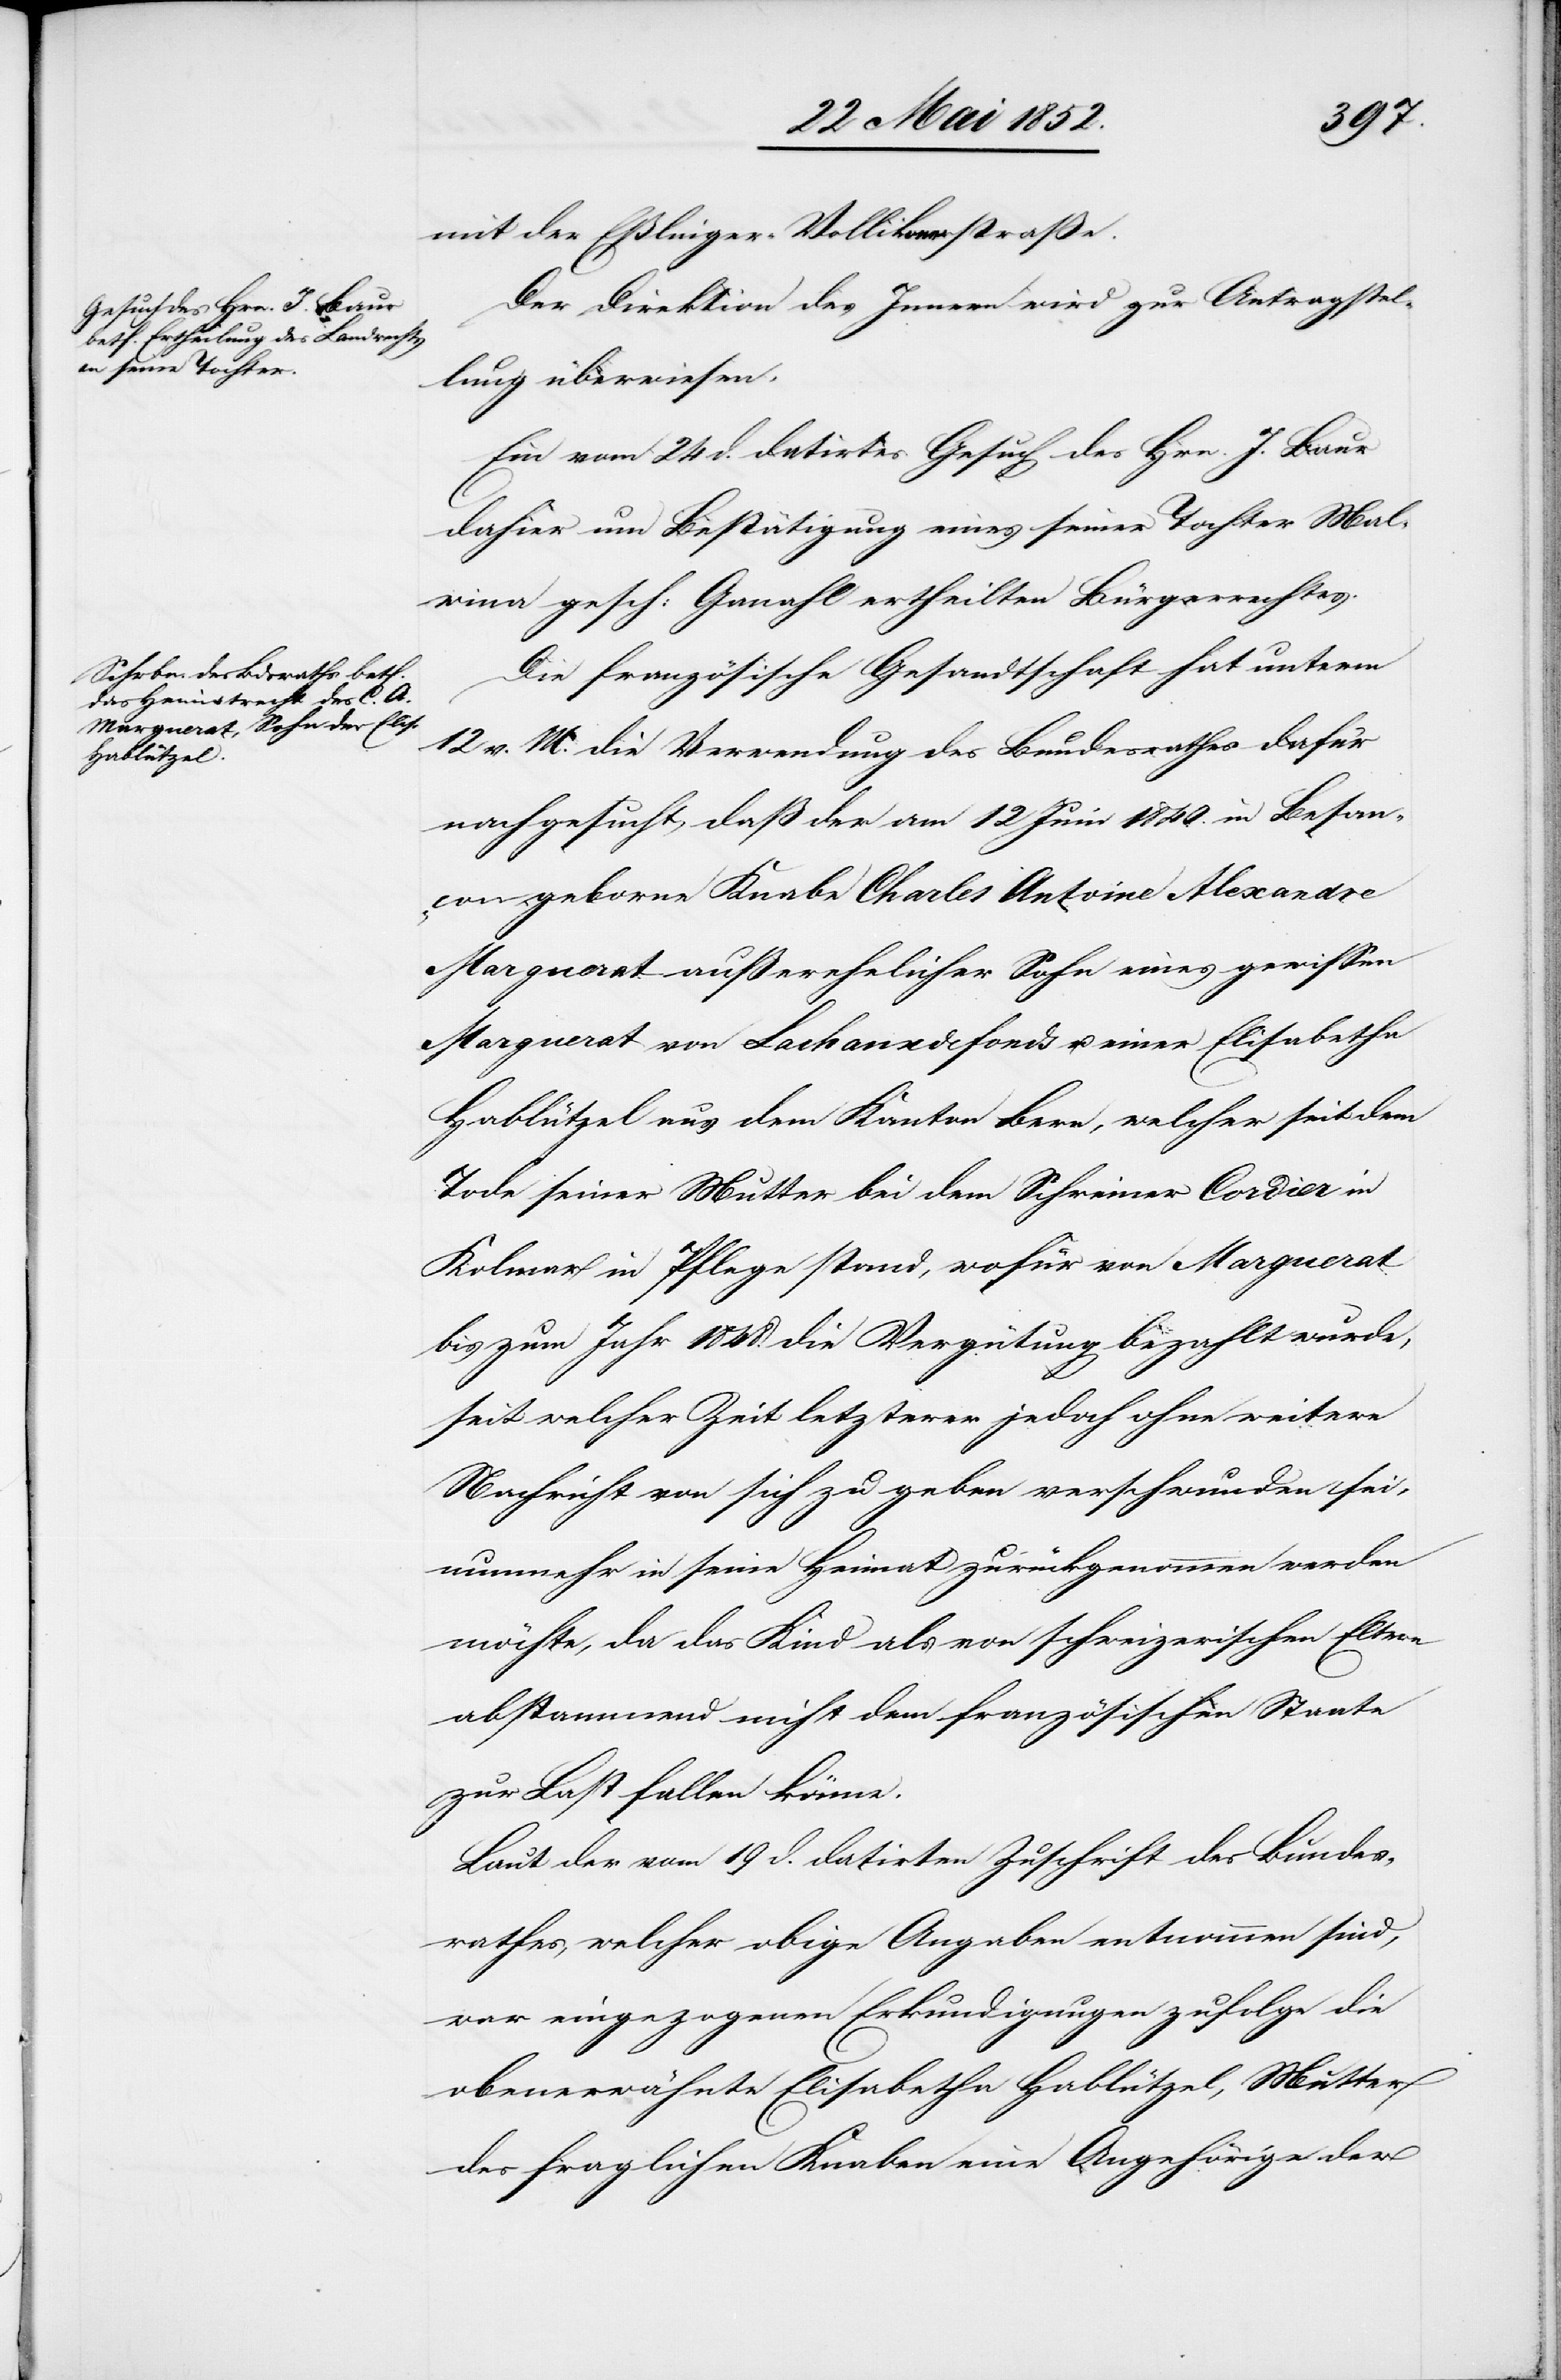
27 Mai 1852.]
mit der Eßlinger-Vollikonerstraße.
Der Direktion des Innern wird zur Antragstel¬
lung überwiesen:
Ein vom 24 d. datirtes Gesuch des Hrn. J. Baur
dahier um Bestätigung eines seiner Tochter Mal¬
wina gesch: Ganahl ertheilten Bürgerrechtes.
Die französische Gesandtschaft hat unterm
12 v. M. die Verwendung des Bundesrathes dafür
nachgesucht, daß der am 12 Juni 1840. in Besanç¬
on geborne Knabe Charles Antoine Alexandre
Marguerat außerehelicher Sohn eines gewissen
Marguerat von Lachauxdefonds u. einer Elisabetha
Hablützel aus dem Kanton Bern, welcher seit dem
Tode seiner Mutter bei dem Schreiner Cordier in
Kolmar in Pflege stand, wofür von Marguerat
bis zum Jahr 1848. die Vergütung bezahlt wurde,
seit welcher Zeit letzterer jedoch ohne weitere
Nachricht von sich zu geben verschwunden sei,
nunmehr in seine Heimat zurückgenommen werden
möchte, da das Kind als von schweizerischen Eltern
abstammend nicht dem französischen Staate
zur Last fallen könne.
Laut der vom 19 d. datirten Zuschrift des Bundes¬
rathes, welcher obige Angaben entnommen sind,
war eingezogenen Erkundigungen zufolge die
obenerwähnte Elisabetha Hablützel, Mutter
des fraglichen Knaben eine Angehörige der